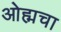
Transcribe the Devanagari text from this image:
ओह्मचा